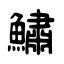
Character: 鱐